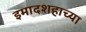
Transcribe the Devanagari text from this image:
इमादशहाच्या